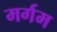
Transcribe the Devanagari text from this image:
मर्गम